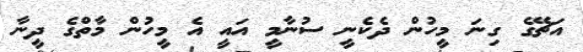
އަޗޭގެ ގިނަ މީހުން ދެކެނީ ސުނާމީ އައީ އެ މީހުން މާތްގެ ދީނާ